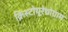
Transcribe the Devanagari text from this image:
क्रिस्टोयूरेथ्रोग्राम